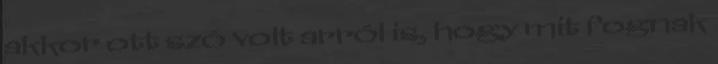
akkor ott szó volt arról is, hogy mit fognak